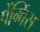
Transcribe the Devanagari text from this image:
पेंग्विंस